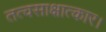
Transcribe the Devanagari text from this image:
तत्वसाक्षात्कार।